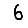
Digit: 6